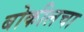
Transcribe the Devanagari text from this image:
बोकीलचा